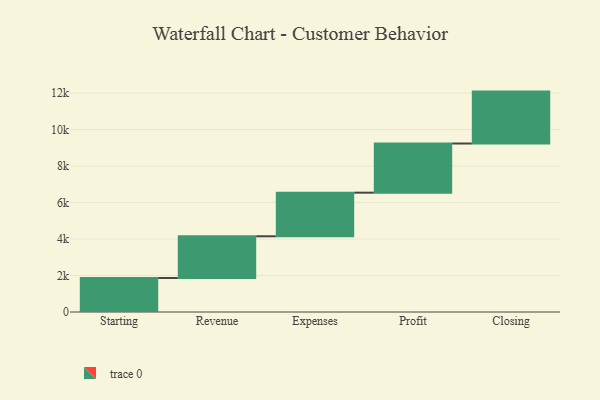
{"axis": {"x": "Step", "y": "Value"}, "legend": [""], "data": [{"x": "Starting", "y": 1865.0, "type": ""}, {"x": "Revenue", "y": 2286.0, "type": ""}, {"x": "Expenses", "y": 2391.0, "type": ""}, {"x": "Profit", "y": 2695.0, "type": ""}, {"x": "Closing", "y": 2846.0, "type": ""}]}